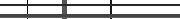
١٠١